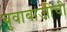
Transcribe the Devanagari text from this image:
बुवाबाजीची